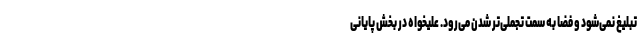
تبلیغ نمی‌شود و فضا به سمت تجملی‌تر شدن می‌رود. علیخواه در بخش پایانی